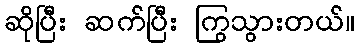
ဆိုပြီး ဆက်ပြီး ကြွသွားတယ်။